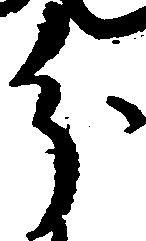
分